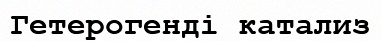
Гетерогенді катализ